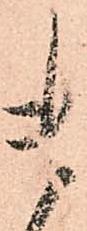
貴